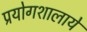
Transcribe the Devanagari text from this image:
प्रयोगशालाये